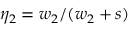
\eta _ { 2 } = w _ { 2 } / ( w _ { 2 } + s )